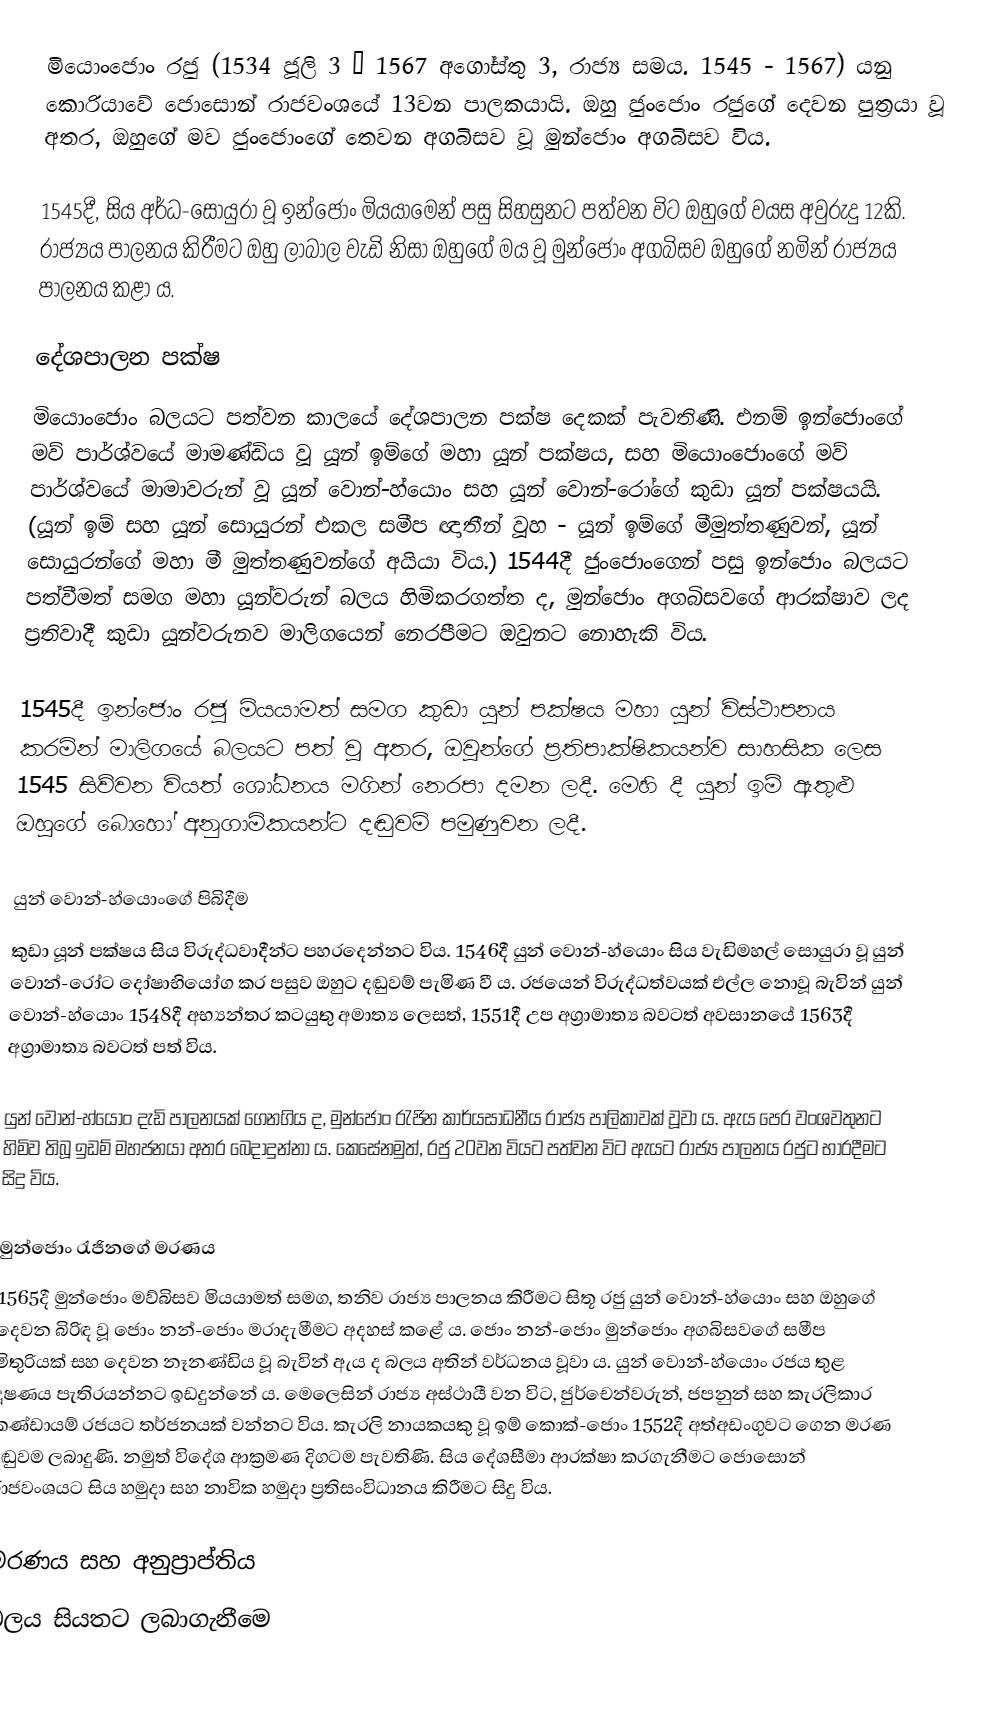
මියොංජොං රජු (1534 ජූලි 3 – 1567 අගෝස්තු 3, රාජ්‍ය සමය. 1545 - 1567) යනු කොරියාවේ ජොසොන් රාජවංශයේ 13වන පාලකයායි. ඔහු ජුංජොං රජුගේ දෙවන පුත්‍රයා වූ අතර, ඔහුගේ මව ජුංජොංගේ තෙවන අගබිසව වූ මුන්ජොං අගබිසව විය.

1545දී, සිය අර්ධ-සොයුරා වූ ඉන්ජොං මියයාමෙන් පසු සිහසුනට පත්වන විට ඔහුගේ වයස අවුරුදු 12කි. රාජ්‍යය පාලනය කිරීමට ඔහු ලාබාල වැඩි නිසා ඔහුගේ මය වූ මුන්ජොං අගබිසව ඔහුගේ නමින් රාජ්‍යය පාලනය කළා ය.

දේශපාලන පක්ෂ
මියොංජොං බලයට පත්වන කාලයේ දේශපාලන පක්ෂ දෙකක් පැවතිණි. එනම් ඉන්ජොංගේ මව් පාර්ශ්වයේ මාමණ්ඩිය වූ යූන් ඉම්ගේ මහා යූන් පක්ෂය, සහ මියොංජොංගේ මව් පාර්ශ්වයේ මාමාවරුන් වූ යූන් වොන්-හ්යොං සහ යූන් වොන්-රෝගේ කුඩා යූන් පක්ෂයයි. (යූන් ඉම් සහ යූන් සොයුරන් එකල සමීප ඥාතීන් වූහ - යූන් ඉම්ගේ මීමුත්තණුවන්, යූන් සොයුරන්ගේ මහා මී මුත්තණුවන්ගේ අයියා විය.) 1544දී ජුංජොංගෙන් පසු ඉන්ජොං බලයට පත්වීමත් සමග මහා යූන්වරුන් බලය හිමිකරගත්ත ද, මුන්ජොං අගබිසවගේ ආරක්ෂාව ලද ප්‍රතිවාදී කුඩා යූන්වරුනව මාලිගයෙන් නෙරපීමට ඔවුනට නොහැකි විය.

1545දී ඉන්ජොං රජු මියයාමත් සමග කුඩා යූන් පක්ෂය මහා යූන් විස්ථාපනය කරමින් මාලිගයේ බලයට පත් වූ අතර, ඔවුන්ගේ ප්‍රතිපාක්ෂිකයන්ව සාහසික ලෙස 1545 සිව්වන වියත් ශෝධනය මගින් නෙරපා දමන ලදී. මෙහි දී යූන් ඉම් ඇතුළු ඔහුගේ බොහෝ අනුගාමිකයන්ට දඬුවම් පමුණුවන ලදී.

යුන් වොන්-හ්යොංගේ පිබිදීම
කුඩා යූන් පක්ෂය සිය විරුද්ධවාදීන්ට පහරදෙන්නට විය. 1546දී යුන් වොන්-හ්යොං සිය වැඩිමහල් සොයුරා වූ යුන් වොන්-රෝට දෝෂාභියෝග කර පසුව ඔහුට දඬුවම් පැමිණ වී ය. රජයෙන් විරුද්ධත්වයක් එල්ල නොවූ බැවින් යුන් වොන්-හ්යොං 1548දී අභ්‍යන්තර කටයුතු අමාත්‍ය ලෙසත්, 1551දී උප අග්‍රාමාත්‍ය බවටත් අවසානයේ 1563දී අග්‍රාමාත්‍ය බවටත් පත් විය.

යුන් වොන්-හ්යොං දැඩි පාලනයක් ගෙනගිය ද, මුන්ජොං රැජින කාර්යසාධනීය රාජ්‍ය පාලිකාවක් වූවා ය. ඇය පෙර වංශවතුනට හිමිව තිබූ ඉඩම් මහජනයා අතර බෙදාදුන්නා ය. කෙසේනමුත්, රජු 20වන වියට පත්වන විට ඇයට රාජ්‍ය පාලනය රජුට භාරදීමට සිදු විය.

මුන්ජොං රැජිනගේ මරණය
1565දී මුන්ජොං මව්බිසව මියයාමත් සමග, තනිව රාජ්‍ය පාලනය කිරීමට සිතූ රජු යුන් වොන්-හ්යොං සහ ඔහුගේ දෙවන බිරිඳ වූ ජොං නන්-ජොං මරාදැමීමට අදහස් කළේ ය. ජොං නන්-ජොං මුන්ජොං අගබිසවගේ සමීප මිතුරියක් සහ දෙවන නෑනණ්ඩිය වූ බැවින් ඇය ද බලය අතින් වර්ධනය වූවා ය. යුන් වොන්-හ්යොං රජය තුළ දූෂණය පැතිරයන්නට ඉඩදුන්නේ ය. මෙලෙසින් රාජ්‍ය අස්ථායී වන විට, ජුර්චෙන්වරුන්, ජපනුන් සහ කැරලිකාර කණ්ඩායම් රජයට තර්ජනයක් වන්නට විය. කැරලි නායකයකු වූ ඉම් කොක්-ජොං 1552දී අත්අඩංගුවට ගෙන මරණ දඬුවම ලබාදුණි. නමුත් විදේශ ආක්‍රමණ දිගටම පැවතිණි. සිය දේශසීමා ආරක්ෂා කරගැනීමට ජොසොන් රාජවංශයට සිය හමුදා සහ නාවික හමුදා ප්‍රතිසංවිධානය කිරීමට සිදු විය.

මරණය සහ අනුප්‍රාප්තිය
බලය සියතට ලබාගැනීමෙ